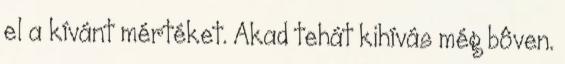
el a kívánt mértéket. Akad tehát kihívás még bôven.